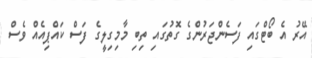
އޭރު އެ ބޯޓްގައި ފަސެންޖަރުންގެ ގޮތުގައި ތިބި މާމިގިލީގެ ފަސް ކައްޕިއެއް ވެސް